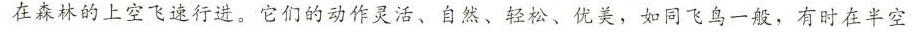
在森林的上空飞速行进。它们的动作灵活、自然、轻松、优美，如同飞鸟一般，有时在半空